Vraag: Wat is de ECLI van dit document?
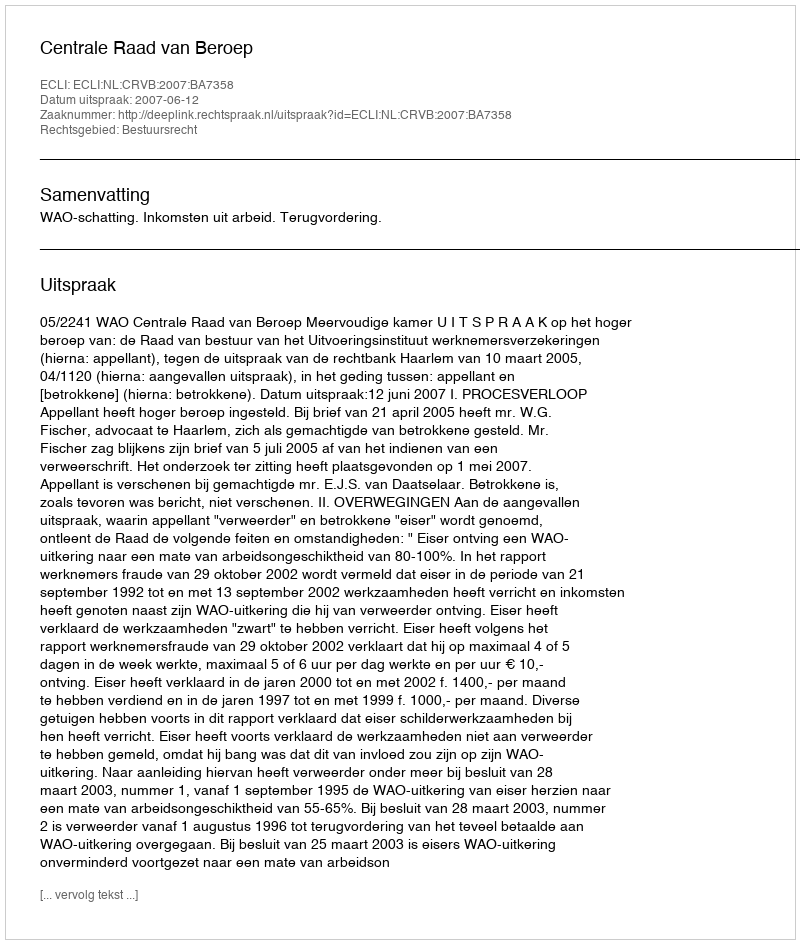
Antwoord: ECLI:NL:CRVB:2007:BA7358